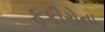
ફકીરોના